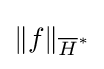
\|f\|_{{\overline {H}}^{*}}